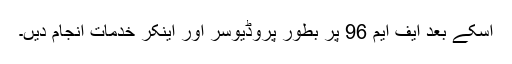
اسکے بعد ایف ایم 96 پر بطور پروڈیوسر اور اینکر خدمات انجام دیں۔